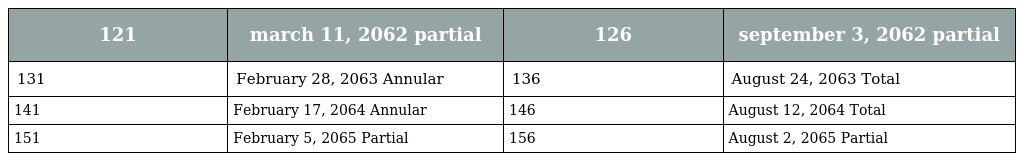
| 121 | march 11, 2062 partial | 126 | september 3, 2062 partial |
 | --- | --- | --- | --- |
 | 131 | February 28, 2063 Annular | 136 | August 24, 2063 Total |
 | 141 | February 17, 2064 Annular | 146 | August 12, 2064 Total |
 | 151 | February 5, 2065 Partial | 156 | August 2, 2065 Partial |